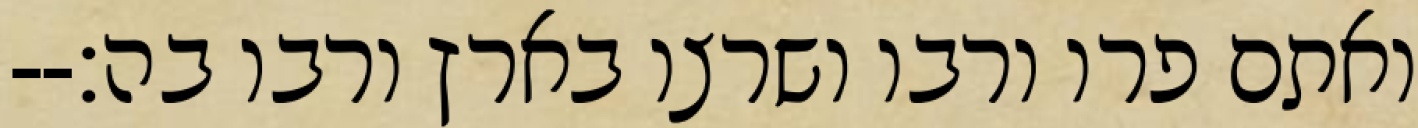
ואתם פרו ורבו ושרצו בארץ ורבו בה׃--